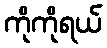
ကိုကိုရယ်